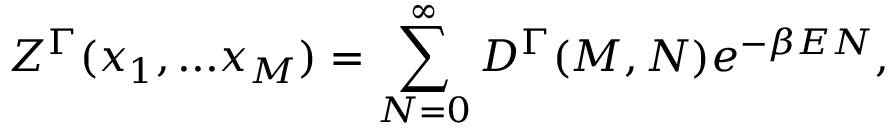
{ \cal Z } ^ { \Gamma } ( x _ { 1 } , . . . x _ { M } ) = \sum _ { N = 0 } ^ { \infty } D ^ { \Gamma } ( M , N ) e ^ { - \beta E N } ,